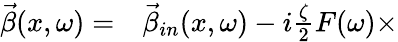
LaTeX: \begin{array}{rl}{\vec{\beta}(x,\omega)=}&{{}\vec{\beta}_{in}(x,\omega)-i\frac{\zeta}{2}F(\omega)\times}\end{array}